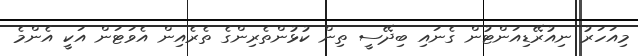
މިއަހަރު ނިއުރޭޑިއަންޓުން ގެނައި ބިދޭސީ ތިން ކުޅުންތެރިންގެ ތެރެއިން އެވަޓަން އަކީ އެންމެ